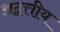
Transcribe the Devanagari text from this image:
अद्वत्तीय